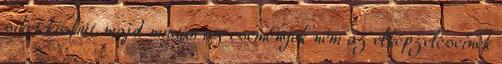
siket kisfiút, majd miután az események nem az elképzeléseinek